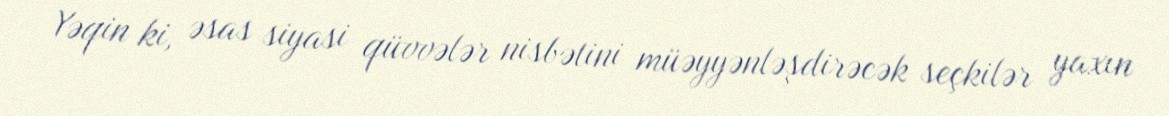
Yəqin ki, əsas siyasi qüvvələr nisbətini müəyyənləşdirəcək seçkilər yaxın